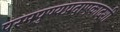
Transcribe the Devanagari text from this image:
परमपुण्यप्रदाएकादशी